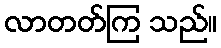
လာတတ်ကြ သည်။